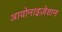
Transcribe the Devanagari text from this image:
आयोनाइज़ेशन